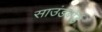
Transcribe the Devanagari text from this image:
साउंडबोर्ड